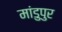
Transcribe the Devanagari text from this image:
मांडुपुर